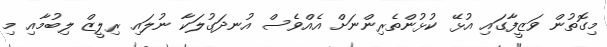
މިގޮތުން ވަޒީފާގައި އުޅޭ ކުޅުންތެރިންނަށް އެއްވެސް އުނދަގުލަކާ ނުލައި ރިލީޒް ލިބުމާއި މި